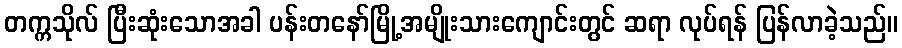
တက္ကသိုလ် ပြီးဆုံးသောအခါ ပန်းတနော်မြို့အမျိုးသားကျောင်းတွင် ဆရာ လုပ်ရန် ပြန်လာခဲ့သည်။